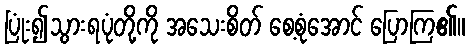
ပြုံး၍သွားရပုံတို့ကို အသေးစိတ် စေ့စုံအောင် ပြောကြ၏။